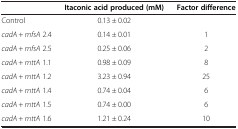
<table><thead><tr><td><b> </b></td><td><b>Itaconic acid produced (mM)</b></td><td><b>Factor difference</b></td></tr></thead><tbody><tr><td>Control</td><td>0.13 ± 0.02</td><td> </td></tr><tr><td><i>cadA</i> + <i>mfsA</i> 2.4</td><td>0.14 ± 0.01</td><td>1</td></tr><tr><td><i>cadA</i> + <i>mfsA</i> 2.5</td><td>0.25 ± 0.06</td><td>2</td></tr><tr><td><i>cadA</i> + <i>mttA</i> 1.1</td><td>0.98 ± 0.09</td><td>8</td></tr><tr><td><i>cadA</i> + <i>mttA</i> 1.2</td><td>3.23 ± 0.94</td><td>25</td></tr><tr><td><i>cadA</i> + <i>mttA</i> 1.4</td><td>0.74 ± 0.04</td><td>6</td></tr><tr><td><i>cadA</i> + <i>mttA</i> 1.5</td><td>0.74 ± 0.00</td><td>6</td></tr><tr><td><i>cadA</i> + <i>mttA</i> 1.6</td><td>1.21 ± 0.24</td><td>10</td></tr></tbody></table>